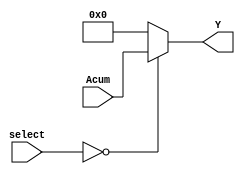
`timescale 1ns / 1ps
//////////////////////////////////////////////////////////////////////////////////
// Company: 
// Engineer: 
// 
// Design Name: 
// Module Name:    Mux_Ac 
// Project Name: 
// Target Devices: 
// Tool versions: 
// Description: 
//
// Dependencies: 
//
// Revision: 
// Revision 0.01 - File Created
// Additional Comments: 
//
//////////////////////////////////////////////////////////////////////////////////
module Mux_Ac #(parameter N = 25 /* Valor de N*/)(
	input wire [1:0] select,
	input wire signed [2*N-1:0] Acum,
	output reg signed [2*N-1:0] Y
    );
	 
   always @(select,Acum)
		begin
				case (select)
					2'b00: Y = Acum;
					2'b01: Y = 0;
					default: Y = 0;
				endcase
		end
endmodule